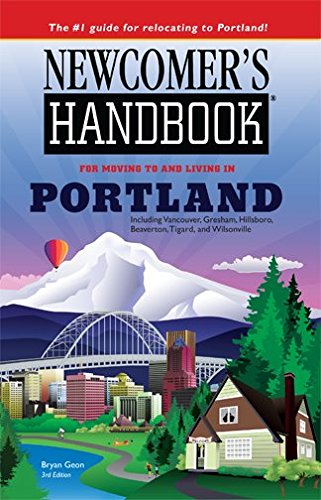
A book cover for Newcomer's Handbook for Moving to and Living in Portland: Including Vancouver, Gresham, Hillsboro, Beaverton, Tigard, and Wilsonville; Bryan Geon; Travel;